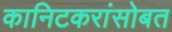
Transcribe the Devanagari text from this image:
कानिटकरांसोबत